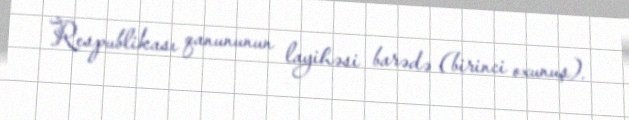
Respublikası qanununun layihəsi barədə (birinci oxunuş).